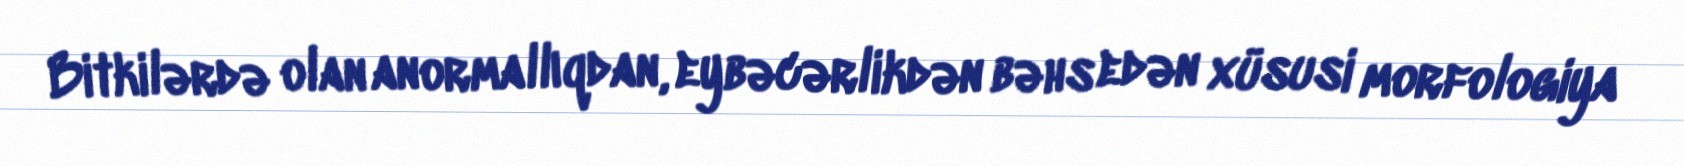
Bitkilərdə olan anormallıqdan, eybəcərlikdən bəhs edən xüsusi morfologiya